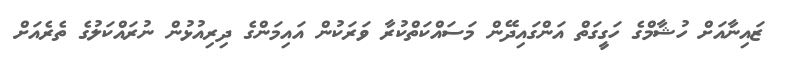
ޒައިނާއަށް ހުޝާމްގެ ހަގީގަތް އަންގައިދޭން މަސައްކަތްކުރާ ވަރަކުން އައިމަންގެ ދިރިއުޅުން ނުރައްކަލުގެ ތެރެއަށް